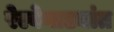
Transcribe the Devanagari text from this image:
रेल्वेगाड्यांत